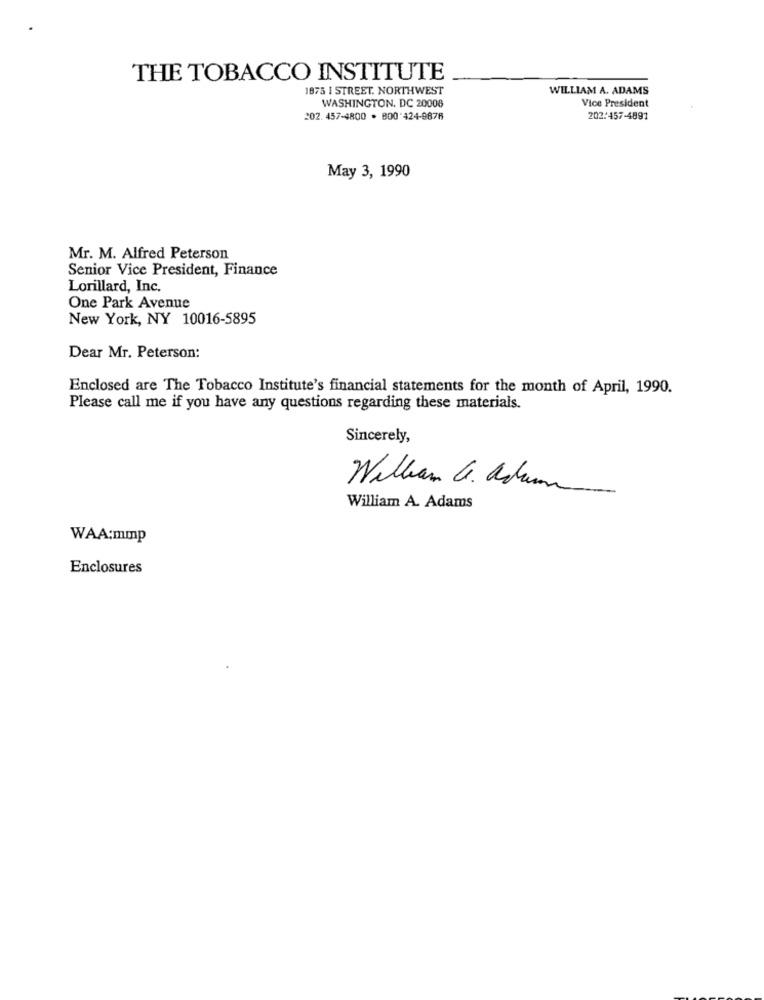
THE TOBACCO INSTITUTE
1875 I STREET. NORTHWEST
WILLIAM A. ADAMS
WASHINGTON, DC 20008
Vice President
202. 457-4800 . 800 424-9876
202:457-4891
May 3, 1990
Mr. M. Alfred Peterson
Senior Vice President, Finance
Lorillard, Inc.
One Park Avenue
New York, NY 10016-5895
Dear Mr. Peterson:
Enclosed are The Tobacco Institute's financial statements for the month of April, 1990.
Please call me if you have any questions regarding these materials.
Sincerely,
William G. Aswan
William A. Adams
WAA:mmp
Enclosures